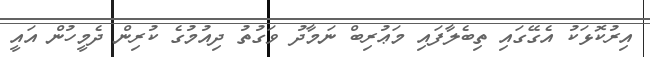
އިރުކޮޅަކު އެގޭގައި ތިބެލާފައި މަޢުރިބް ނަމާދު ވަގުތު ދިއުމުގެ ކުރިން ދެމީހުން އައީ